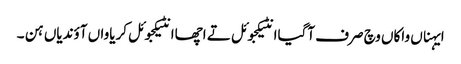
ایہناں واکاں وچ صرف آگیاانٹیکجوئل تے اچھاانٹیکجوئل کریاواں آؤندیاں ہن ۔